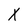
Character: X